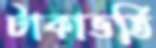
টাকাভর্তি